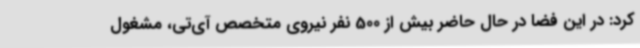
کرد: در این فضا در حال حاضر بیش از 500 نفر نیروی متخصص آی‌تی، مشغول